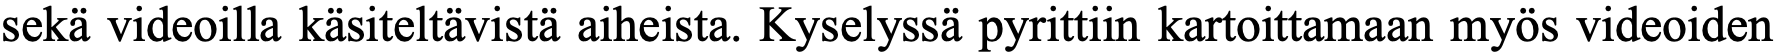
sekä videoilla käsiteltävistä aiheista. Kyselyssä pyrittiin kartoittamaan myös videoiden